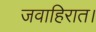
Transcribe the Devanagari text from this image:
जवाहिरात।